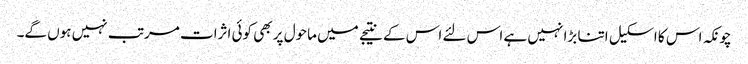
چونکہ اس کا اسکیل اتنا بڑا نہیں ہے اس لئے اس کے نتیجے میں ماحول پر بھی کوئی اثرات مرتب نہیں ہوں گے۔